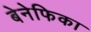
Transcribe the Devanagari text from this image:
बेनेफिका